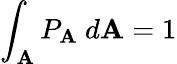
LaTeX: \int_{\mathbf{A}}P_{\mathbf{A}}~d\mathbf{A}=1